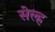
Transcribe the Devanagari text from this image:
सेल्‍ह